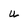
Character: u